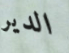
الدير